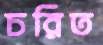
চরিত